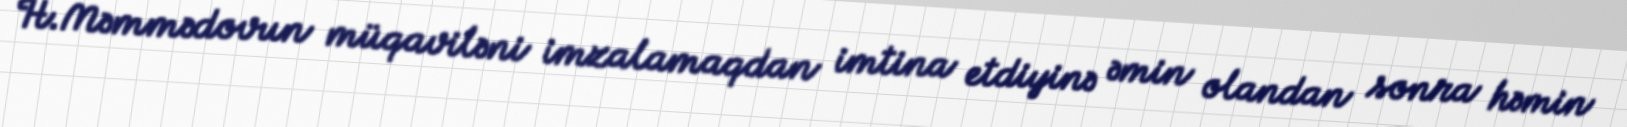
H.Məmmədovun müqaviləni imzalamaqdan imtina etdiyinə əmin olandan sonra həmin